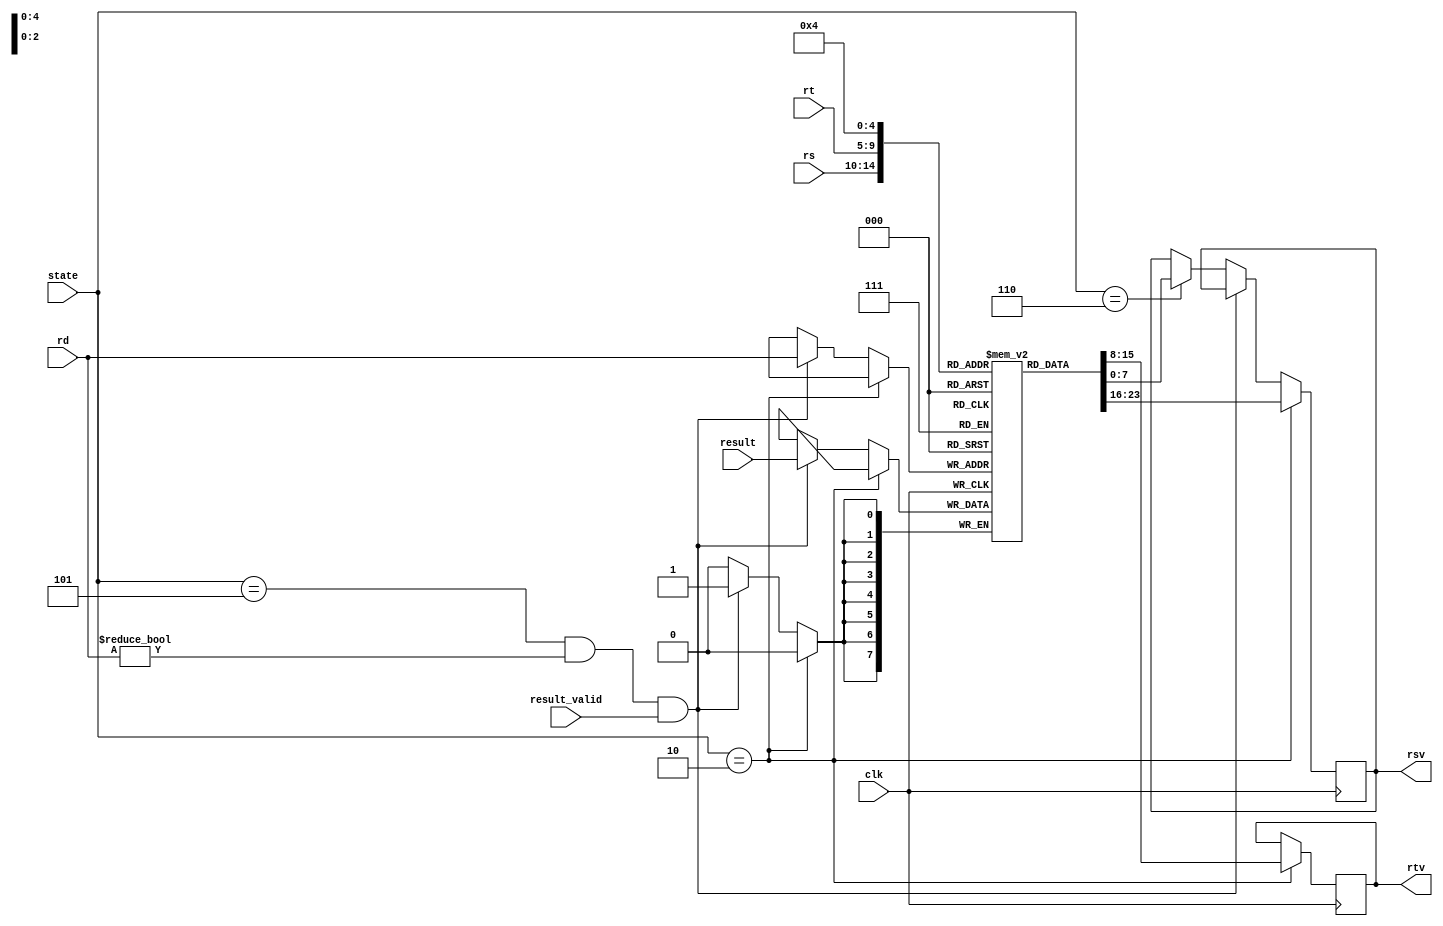
`timescale 1ns / 1ps
//////////////////////////////////////////////////////////////////////////////////
// Company: 
// Engineer: 
// 
// Design Name: 
// Module Name:    reg_file 
// Project Name: 
// Target Devices: 
// Tool versions: 
// Description: 
//
// Dependencies: 
//
// Revision: 
// Revision 0.01 - File Created
// Additional Comments: 
//
//////////////////////////////////////////////////////////////////////////////////
`define STATE_READ 2
`define STATE_WRITE 5
`define STATE_OUTPUT 6
`define OUTPUT_REG 4
module reg_file(clk, state, rs, rt, rd, result, result_valid, rsv, rtv
    );
   	input clk;
	input [2:0] state;
	input [4:0] rs;
	input [4:0] rt;
	input [4:0] rd;
	input [7:0] result;
	input result_valid;
	
	output [7:0] rsv;
	output [7:0] rtv;
	
	reg [7:0] rsv;
	reg [7:0] rtv;
	
	reg [7:0] regfile [0:31];
	
	initial begin
	   regfile[0] = 0;
		regfile[1] = 0;
		regfile[2] = 0;
		regfile[3] = 0;
		regfile[4] = 0;
		regfile[5] = 0;
		regfile[6] = 0;
		regfile[7] = 0;
		regfile[8] = 0;
		regfile[9] = 0;
		regfile[10] = 0;
		regfile[11] = 0;
		regfile[12] = 0;
		regfile[13] = 0;
		regfile[14] = 0;
		regfile[15] = 0;
		regfile[16] = 0;
		regfile[17] = 0;
		regfile[18] = 0;
		regfile[19] = 0;
		regfile[20] = 0;
		regfile[21] = 0;
		regfile[22] = 0;
		regfile[23] = 0;
		regfile[24] = 0;
		regfile[25] = 0;
		regfile[26] = 0;
		regfile[27] = 0;
		regfile[28] = 0;
		regfile[29] = 0;
		regfile[30] = 0;
		regfile[31] = 0;
	end
	
	always @ (posedge clk) begin
	   	if (state == `STATE_READ) begin
		   	rsv <= regfile[rs];
			rtv <= regfile[rt];
		end
		else if ((state == `STATE_WRITE) && (rd != 0) && (result_valid == 1)) begin
		   	regfile[rd] <= result;
		end
		else if (state == `STATE_OUTPUT) begin
		   	rsv <= regfile[`OUTPUT_REG];
		end
	end
endmodule